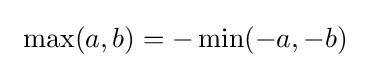
\ \max(a,b)=-\min(-a,-b)\